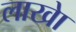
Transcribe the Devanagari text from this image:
लाखेा